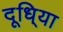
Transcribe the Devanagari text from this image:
दूधि्या